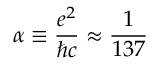
\alpha \equiv \frac { e ^ { 2 } } { \hbar c } \approx \frac { 1 } { 1 3 7 }